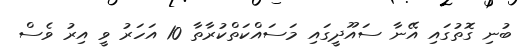
ބުނި ގޮތުގައި އޭނާ ސައޫދީގައި މަސައްކަތްކުރާތާ 10 އަހަރު ވީ އިރު ވެސް